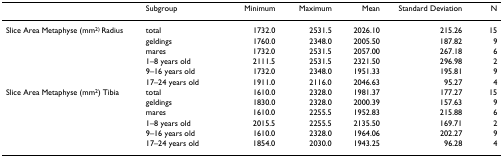
<table><thead><tr><td>[EMPTY_CELL]</td><td><b>Subgroup</b></td><td><b>Minimum</b></td><td><b>Maximum</b></td><td><b>Mean</b></td><td><b>Standard Deviation</b></td><td><b>N</b></td></tr></thead><tbody><tr><td>Slice Area Metaphyse (mm<sup>2) </sup>Radius</td><td>total</td><td>1732.0</td><td>2531.5</td><td>2026.10</td><td>215.26</td><td>15</td></tr><tr><td>[EMPTY_CELL]</td><td>geldings</td><td>1760.0</td><td>2348.0</td><td>2005.50</td><td>187.82</td><td>9</td></tr><tr><td>[EMPTY_CELL]</td><td>mares</td><td>1732.0</td><td>2531.5</td><td>2057.00</td><td>267.18</td><td>6</td></tr><tr><td>[EMPTY_CELL]</td><td>1–8 years old</td><td>2111.5</td><td>2531.5</td><td>2321.50</td><td>296.98</td><td>2</td></tr><tr><td>[EMPTY_CELL]</td><td>9–16 years old</td><td>1732.0</td><td>2348.0</td><td>1951.33</td><td>195.81</td><td>9</td></tr><tr><td>[EMPTY_CELL]</td><td>17–24 years old</td><td>1911.0</td><td>2116.0</td><td>2046.63</td><td>95.27</td><td>4</td></tr><tr><td>Slice Area Metaphyse (mm<sup>2</sup>) Tibia</td><td>total</td><td>1610.0</td><td>2328.0</td><td>1981.37</td><td>177.27</td><td>15</td></tr><tr><td>[EMPTY_CELL]</td><td>geldings</td><td>1830.0</td><td>2328.0</td><td>2000.39</td><td>157.63</td><td>9</td></tr><tr><td>[EMPTY_CELL]</td><td>mares</td><td>1610.0</td><td>2255.5</td><td>1952.83</td><td>215.88</td><td>6</td></tr><tr><td>[EMPTY_CELL]</td><td>1–8 years old</td><td>2015.5</td><td>2255.5</td><td>2135.50</td><td>169.71</td><td>2</td></tr><tr><td>[EMPTY_CELL]</td><td>9–16 years old</td><td>1610.0</td><td>2328.0</td><td>1964.06</td><td>202.27</td><td>9</td></tr><tr><td>[EMPTY_CELL]</td><td>17–24 years old</td><td>1854.0</td><td>2030.0</td><td>1943.25</td><td>96.28</td><td>4</td></tr></tbody></table>